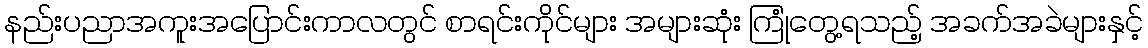
နည်းပညာအကူးအပြောင်းကာလတွင် စာရင်းကိုင်များ အများဆုံး ကြုံတွေ့ရသည့် အခက်အခဲများနှင့်